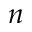
n